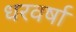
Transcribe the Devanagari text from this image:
धरवर्षा